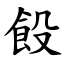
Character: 䬦